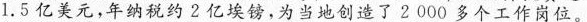
1.5亿美元，年纳税约2亿埃镑，为当地创造了2000多个工作岗位。